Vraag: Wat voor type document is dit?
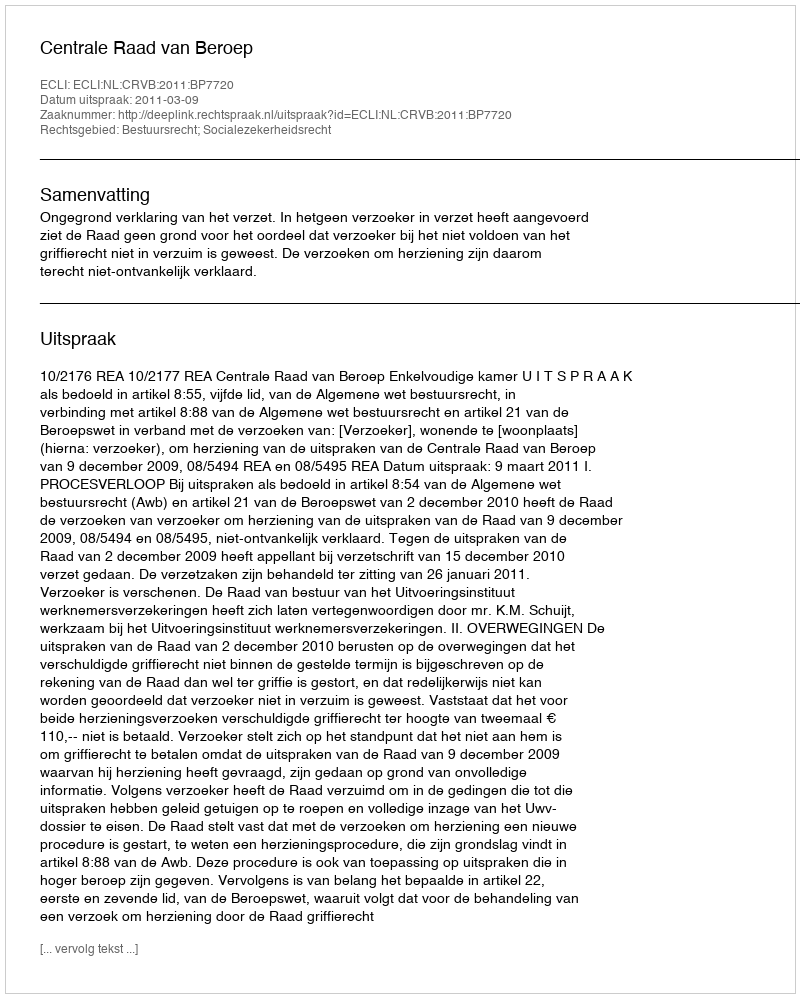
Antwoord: Uitspraak